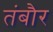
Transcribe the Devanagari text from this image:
तंबौर